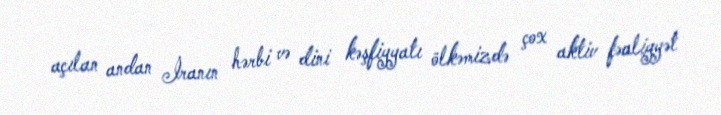
açılan andan İranın hərbi və dini kəşfiyyatı ölkəmizdə çox aktiv fəaliyyət